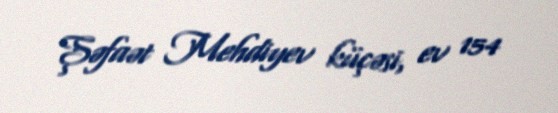
Şəfaət Mehdiyev küçəsi, ev 154